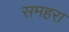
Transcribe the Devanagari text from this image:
समहरा